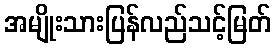
အမျိုးသားပြန်လည်သင့်မြတ်